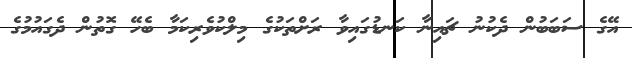
އޭގެ ސަބަބުން ދެކުނު ޗައިނާ ކަނޑުގައިވާ ރަށްތަކުގެ މިލްކުވެރިކަމާ ބެހޭ ގޮތުން ދެގައުމުގެ